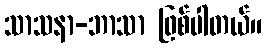
သာသနာ-ဘာသာ ဖြစ်ပါတယ်။